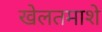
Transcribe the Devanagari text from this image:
खेलतमाशे